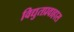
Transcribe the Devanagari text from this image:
विद्युतप्रवाहास